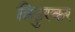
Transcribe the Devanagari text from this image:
ठिठुरकर